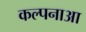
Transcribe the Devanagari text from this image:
कल्पनाआ